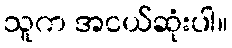
သူက အငယ်ဆုံးပါ။